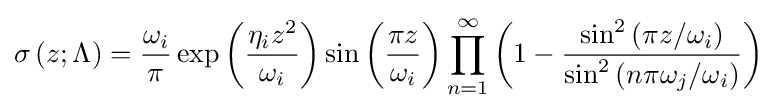
\operatorname {\sigma } {(z;\Lambda )}={\frac {\omega _{i}}{\pi }}\exp {\left({\frac {\eta _{i}z^{2}}{\omega _{i}}}\right)}\sin {\left({\frac {\pi z}{\omega _{i}}}\right)}\prod _{n=1}^{\infty }\left(1-{\frac {\sin ^{2}{\left(\pi z/\omega _{i}\right)}}{\sin ^{2}{\left(n\pi \omega _{j}/\omega _{i}\right)}}}\right)